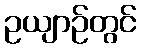
ဥယျာဉ်တွင်